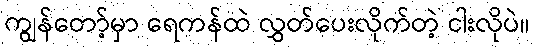
ကျွန်တော့်မှာ ရေကန်ထဲ လွှတ်ပေးလိုက်တဲ့ ငါးလိုပဲ။